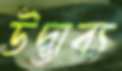
উদ্ভাব্য